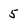
Character: 5